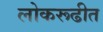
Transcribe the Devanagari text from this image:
लोकरूढीत